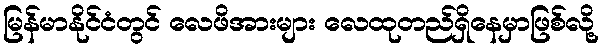
မြန်မာနိုင်ငံတွင် လေဖိအားများ လေထုတည်ရှိနေမှာဖြစ်လို့